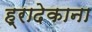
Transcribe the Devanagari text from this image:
ह्रादेकाना